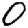
Digit: 0